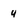
Character: u